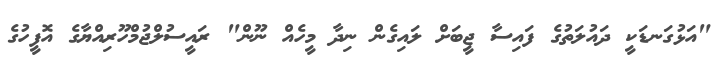
"އަޅުގަނޑަކީ ދައުލަތުގެ ފައިސާ ޖީބަށް ލައިގެން ނިދާ މީހެއް ނޫން" ރައީސުލްޖުމްހޫރިއްޔާގެ އޮފީހުގެ